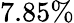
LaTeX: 7.85\%